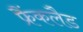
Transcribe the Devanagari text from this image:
फ्रैंकलैड